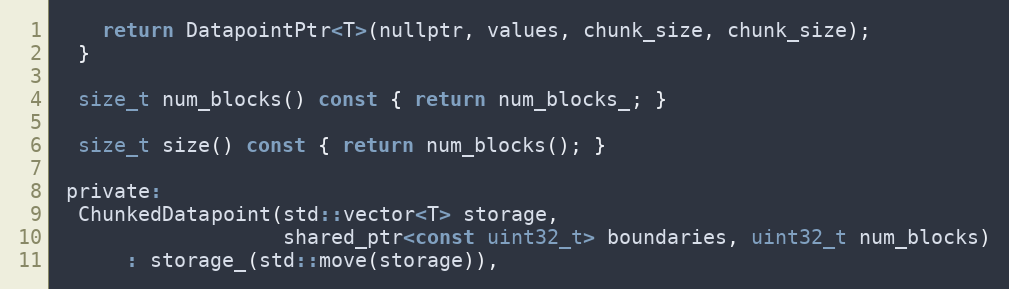
Language: C
    return DatapointPtr<T>(nullptr, values, chunk_size, chunk_size);
  }

  size_t num_blocks() const { return num_blocks_; }

  size_t size() const { return num_blocks(); }

 private:
  ChunkedDatapoint(std::vector<T> storage,
                   shared_ptr<const uint32_t> boundaries, uint32_t num_blocks)
      : storage_(std::move(storage)),